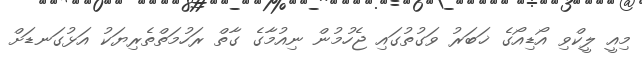
މިއީ ލީކްވި އޯޑިއޯގެ ޚަބަރު ވަގުތުގައި ޖެހުމުން ނިއުމާގެ ގާތް ރަހުމަތްތެރިޔަކު އަޅުގަނޑަށް